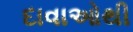
દાવાઓથી